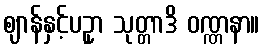
ဈာန်နှင့်ပဥှာ သုတ္တာဒိ ဝဏ္ဏနာ။